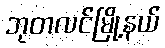
ဘုတလင်မြို့နယ်